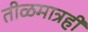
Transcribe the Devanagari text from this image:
तीळमात्रही